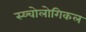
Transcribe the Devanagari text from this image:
स्य्चोलोगिकल